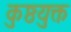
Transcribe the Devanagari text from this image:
कुष्ठयुक्त